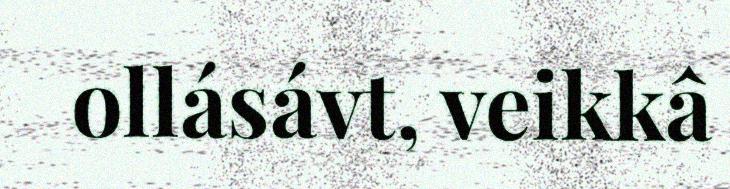
ollásávt, veikkâ